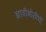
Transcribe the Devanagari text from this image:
झाडीबोलीची